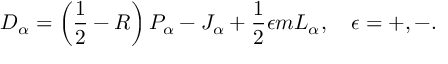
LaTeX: { \cal D } _ { \alpha } = \left( \frac { 1 } { 2 } - R \right) { \cal P } _ { \alpha } - { \cal J } _ { \alpha } + \frac { 1 } { 2 } \epsilon m { \cal L } _ { \alpha } , \quad \epsilon = + , - .